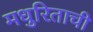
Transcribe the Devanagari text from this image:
मधुरिताची